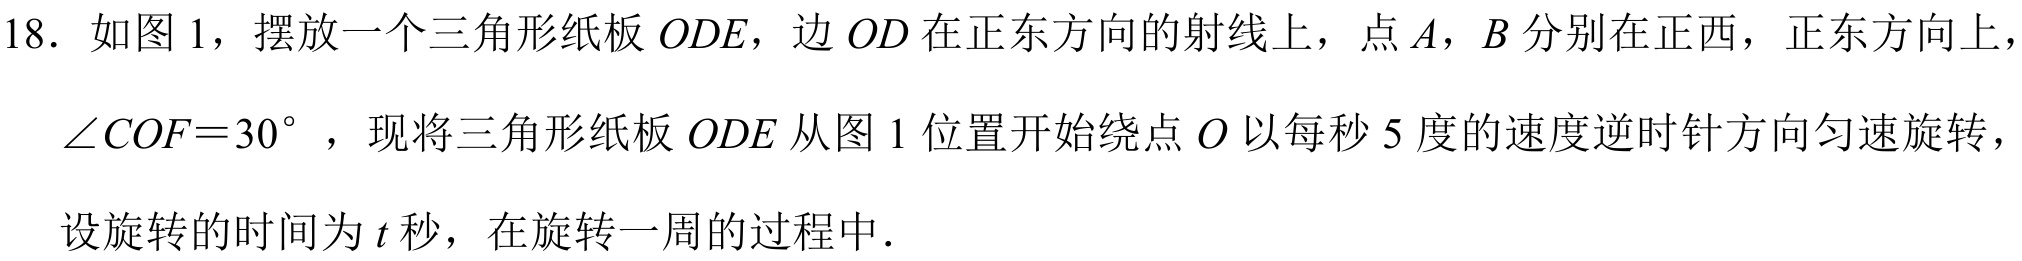
18. 如图1，摆放一个三角形纸板\(ODE\)，边\(OD\)在正东方向的射线上，点\(A\)，\(B\)分别在正西，正东方向上，
\(\angle COF = 30^{\circ}\)，现将三角形纸板\(ODE\)从图1位置开始绕点\(O\)以每秒\(5\)度的速度逆时针方向匀速旋转，
设旋转的时间为\(t\)秒，在旋转一周的过程中．